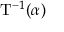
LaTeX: \mathrm { T } ^ { - 1 } ( \alpha )